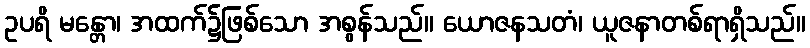
ဥပရိ မန္တော၊ အထက်၌ဖြစ်သော အစွန်သည်။ ယောဇနသတံ၊ ယူဇနာတစ်ရာရှိသည်။